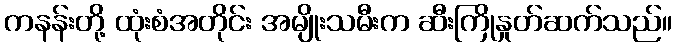
ကနန်းတို့ ထုံးစံအတိုင်း အမျိုးသမီးက ဆီးကြိုနှုတ်ဆက်သည်။